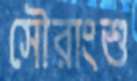
সৌরাংশু